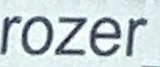
rozer